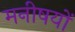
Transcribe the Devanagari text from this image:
मनीषयों